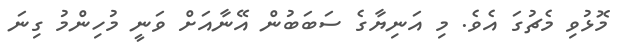
މޮޅުވި މެޗުގަ އެވެ. މި އަނިޔާގެ ސަބަބުން އޭނާއަށް ވަނީ މުހިންމު ގިނަ